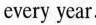
every year.